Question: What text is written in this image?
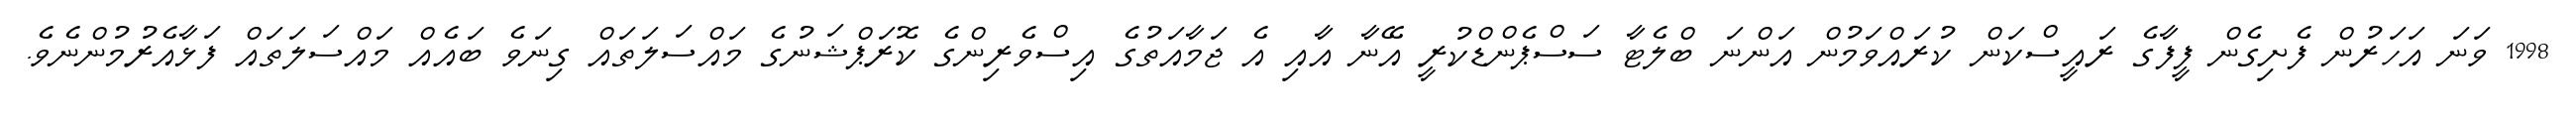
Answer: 1998 ވަނަ އަހަރުން ފެށިގެން ފީފާގެ ރައީސްކަން ކުރައްވަމުން އަންނަ ބްލެޓާ ސަސްޕެންޑްކުރީ އޭނާ އާއި އެ ޖަމާއަތުގެ އިސްވެރިންގެ ކޮރަޕްޝަނުގެ މައްސަލަތައް ގިނަވެ ބައެއް މައްސަލަތައް ފަޅާއެރުމުންނެވެ.